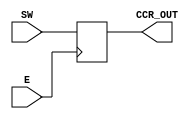
/*-------------------------------------------------------------
    Project Lab 1 - Mini Motor Project
       Program by: Zachary Bonneau
    Creation Date: 09/06/2023
     Program Name: CCR.v
    SubProgram of: PWM System
  
    Program Description:
    The Capture Compare Register (CCR) is a 7-bit data Register within the PWM System.
    Its purpose is to hold the TCR value at which the PWM signal is set to 0.
    The register CCR may only change on the rising edge of TCR:E
        - this ensures that CCR updates in sync with TCR overflow 

    Inputs:
        SW [6:0] - 7-bit data input from onboard switches
        E        - Enable signal from TCR block
    
    Outputs:
        CCR_OUT [6:0] - 7-bit data output sent to PWM_OUT block
*/


module CCR (CCR_OUT, SW, E);
    // assign inputs and outputs
    input [6:0] SW;                 // from onboard switches
    input E;                        // from TCR block
    output reg [6:0] CCR_OUT = 0;   // to PWM_OUT block

    always@(posedge E) begin
        // On rising edge of E, assign CCR_OUT = SW
        CCR_OUT[0] <= SW[0];
        CCR_OUT[1] <= SW[1];
        CCR_OUT[2] <= SW[2];
        CCR_OUT[3] <= SW[3];
        CCR_OUT[4] <= SW[4];
        CCR_OUT[5] <= SW[5];
        CCR_OUT[6] <= SW[6];
    end
endmodule 

module testbench;
    // testbench module - tests CCR and outputs to waveform file
    reg [6:0] SW;
    reg E;

    wire [6:0] CCR_OUT;

    // instantiate module CCR
    CCR UUT(.CCR_OUT(CCR_OUT), .SW(SW), .E(E));

    initial begin
        $dumpfile("waveform.vcd");
        $dumpvars(0, testbench);
        E = 0;
        SW = 7'b0010010;        // test for E=0 CCR
        #2;

        E = 1; #1;              // test for rising edge trigger

        SW = 7'b0101101; #2;    // test for E=1 hold

        E = 0; #2;              // test for falling-edge hold

        E = 1; #2;              // test for rising edge trigger

        $finish;
    end

endmodule